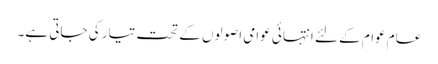
عام عوام کے لئے انتہائی عوامی اصولوں کے تحت تیار کی جاتی ہے۔